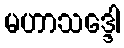
မဟာသဒ္ဒေါ